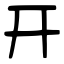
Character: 开